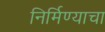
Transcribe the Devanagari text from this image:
निर्मिण्याचा